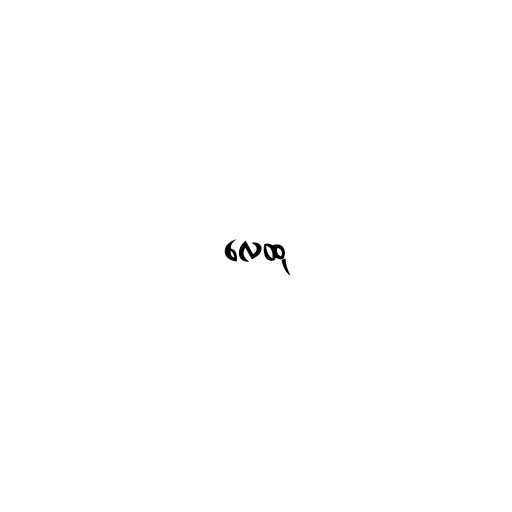
လေထု